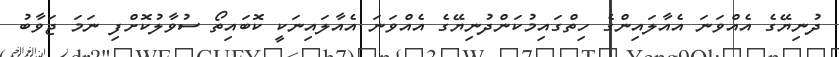
ދުނިޔޭގެ އެއްވަނަ އެއާލައިންގެ ހިތްގައިމުކަންދުނިޔޭގެ އެއްވަނަ އެއާލައިނަކީ ކޮބައިތޯ ސުވާލުކޮށްފި ނަމަ ޖަވާބު